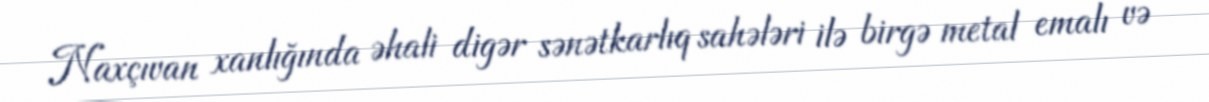
Naxçıvan xanlığında əhali digər sənətkarlıq sahələri ilə birgə metal emalı və